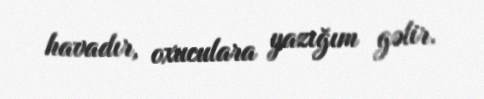
havadır, oxuculara yazığım gəlir.